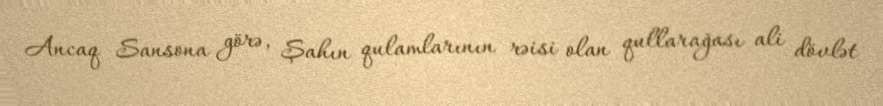
Ancaq Sansona görə, Şahın qulamlarının rəisi olan qullarağası ali dövlət